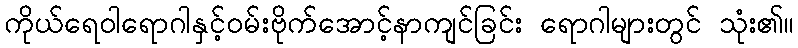
ကိုယ်ရေဝါရောဂါနှင့်ဝမ်းဗိုက်အောင့်နာကျင်ခြင်း ရောဂါများတွင် သုံး၏။